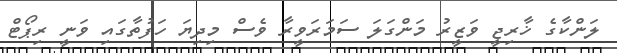
ލަންކާގެ ޚާރިިޖީ ވަޒީރު މަންގަލަ ސަމަރަވީރާ ވެސް މިދިޔަ ހަފުތާގައި ވަނީ ރިޕޯޓް